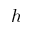
h